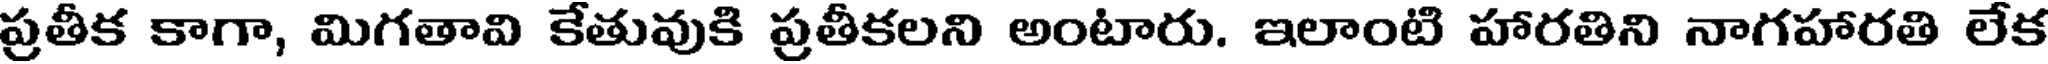
ప్రతీక కాగా, మిగతావి కేతువుకి ప్రతీకలని అంటారు. ఇలాంటి హారతిని నాగహారతి లేక